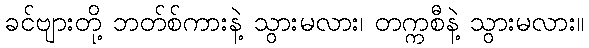
ခင်ဗျားတို့ ဘတ်စ်ကားနဲ့ သွားမလား၊ တက္ကစီနဲ့ သွားမလား။